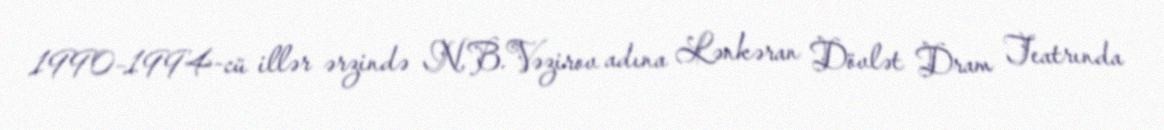
1990–1994-cü illər ərzində N.B.Vəzirov adına Lənkəran Dövlət Dram Teatrında